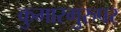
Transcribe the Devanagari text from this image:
कुमारगुरुपर